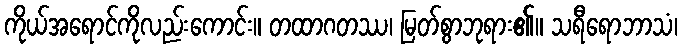
ကိုယ်အရောင်ကိုလည်းကောင်း။ တထာဂတဿ၊ မြတ်စွာဘုရား၏။ သရီရောဘာသံ၊